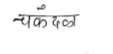
मजकूर: चंकदका